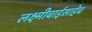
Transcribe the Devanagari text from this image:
लक्ष्मीबाईसाहेब